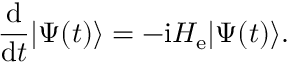
\frac { \mathrm { d } } { \mathrm { d } t } | \Psi ( t ) \rangle = - \mathrm { i } H _ { \mathrm { e } } | \Psi ( t ) \rangle .